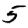
Digit: 5